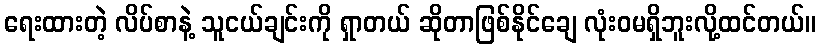
ရေးထားတဲ့ လိပ်စာနဲ့ သူငယ်ချင်းကို ရှာတယ် ဆိုတာဖြစ်နိုင်ချေ လုံးဝမရှိဘူးလို့ထင်တယ်။